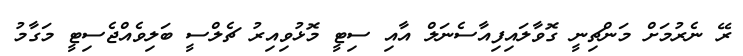
ރޭ ނެރުމަށް މަންޗިނީ ގޮވާލައިފިއާސެނަލް އާއި ސިޓީ މޮޅުވިއިރު ޗެލްސީ ބަލިވެއްޖެސިޓީ މަގާމު